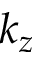
k _ { z }